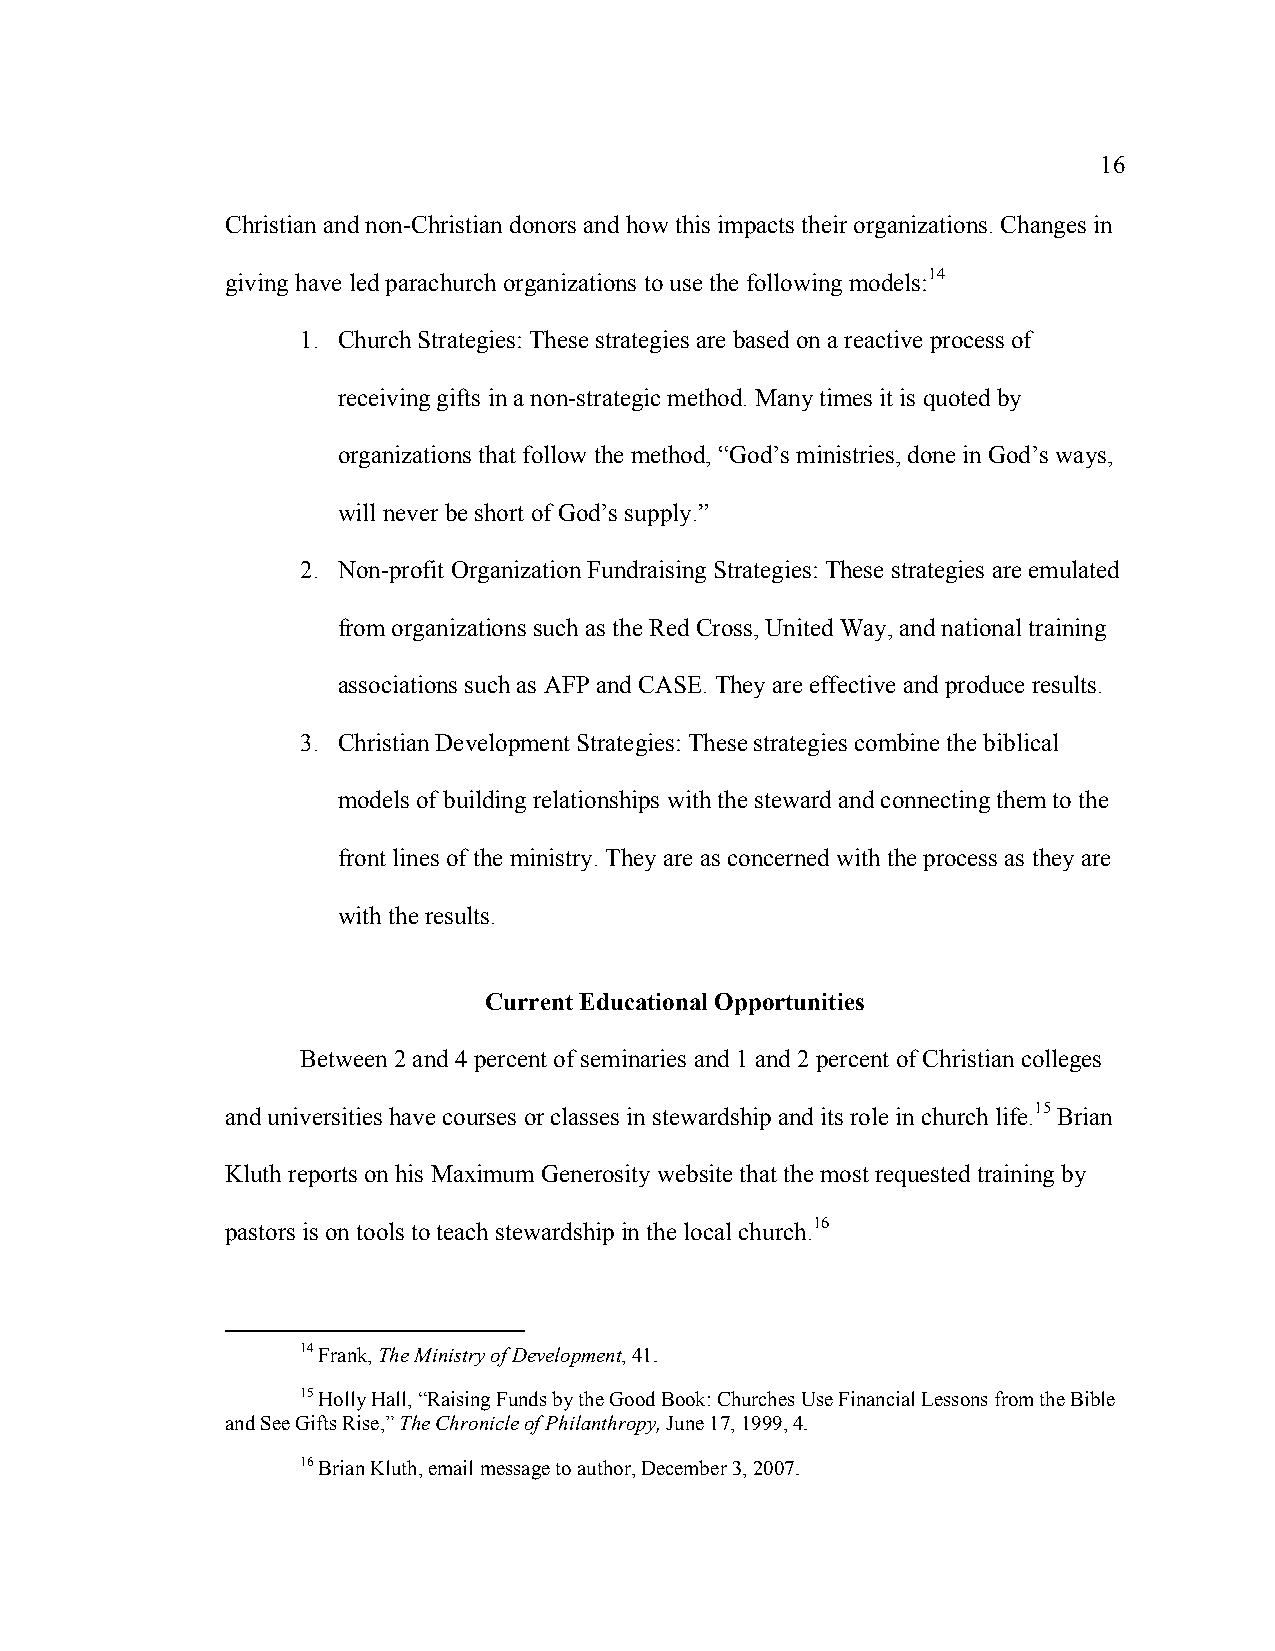
16
 Christian and non-Christian donors and how this impacts their organizations. Changes in
 giving have led parachurch organizations to use the following models:14
 1. Church Strategies: These strategies are based on a reactive process of
 receiving gifts in a non-strategic method. Many times it is quoted by
 organizations that follow the method, “God’s ministries, done in God’s ways,
 will never be short of God’s supply.”
 2. Non-profit Organization Fundraising Strategies: These strategies are emulated
 from organizations such as the Red Cross, United Way, and national training
 associations such as AFP and CASE. They are effective and produce results.
 3. Christian Development Strategies: These strategies combine the biblical
 models of building relationships with the steward and connecting them to the
 front lines of the ministry. They are as concerned with the process as they are
 with the results.
 Current Educational Opportunities
 Between 2 and 4 percent of seminaries and 1 and 2 percent of Christian colleges
 and universities have courses or classes in stewardship and its role in church life.15 Brian
 Kluth reports on his Maximum Generosity website that the most requested training by
 pastors is on tools to teach stewardship in the local church.16
 14 Frank, The Ministry of Development, 41.
 15 Holly Hall, “Raising Funds by the Good Book: Churches Use Financial Lessons from the Bible
 and See Gifts Rise,” The Chronicle of Philanthropy, June 17, 1999, 4.
 16 Brian Kluth, email message to author, December 3, 2007.